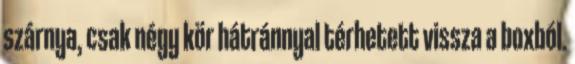
szárnya, csak négy kör hátránnyal térhetett vissza a boxból.